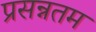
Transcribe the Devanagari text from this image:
प्रसन्नतम